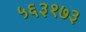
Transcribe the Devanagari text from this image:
५६३१७३